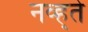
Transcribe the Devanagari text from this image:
नव्ह्ते